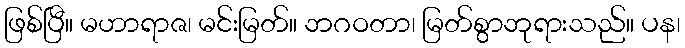
ဖြစ်ပြီ။ မဟာရာဇ၊ မင်းမြတ်။ ဘဂဝတာ၊ မြတ်စွာဘုရားသည်။ ပန၊